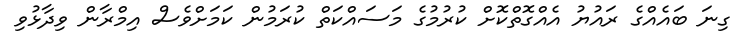
ގިނަ ބައެއްގެ ރައުޔު އެއްގޮތްކޮށް ކުރުމުގެ މަސައްކަތް ކުރަމުން ކަމަށްވެސް އިމްރާން ވިދާޅުވި